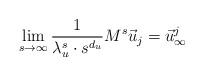
LaTeX: \begin{align*}\lim_{s\to\infty}\frac{1}{\lambda_u^{s} \cdot {s}^{d_u}} M^{s} \vec{u}_j =\vec u_\infty^j\end{align*}